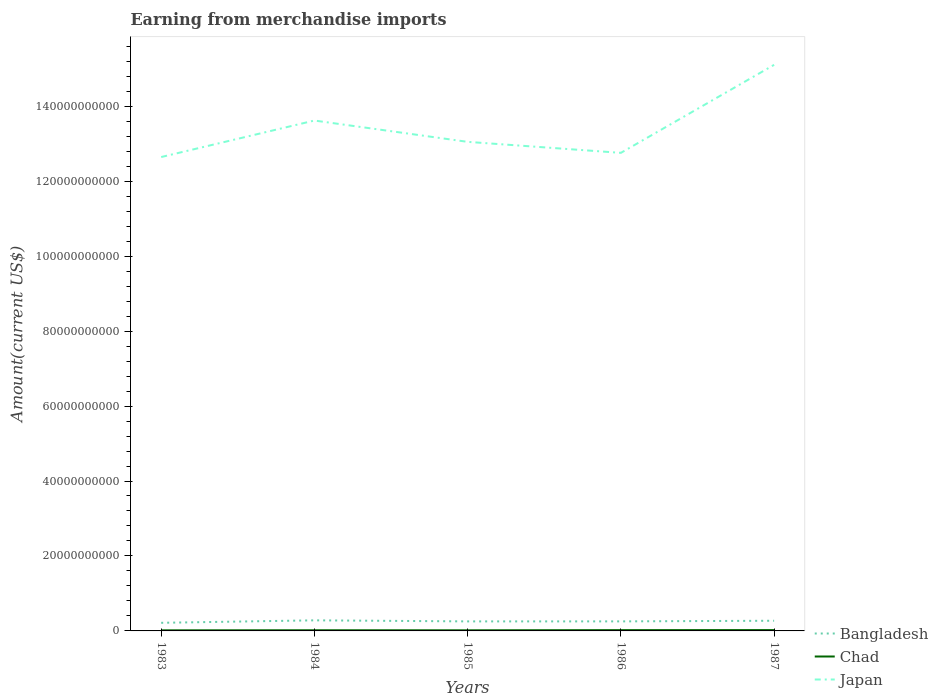
| Years | Bangladesh | Chad | Japan |
 | --- | --- | --- | --- |
 | 1983 | 2.16e+09 | 1.57e+08 | 1.26e+11 |
 | 1984 | 2.82e+09 | 1.81e+08 | 1.36e+11 |
 | 1985 | 2.54e+09 | 1.66e+08 | 1.3e+11 |
 | 1986 | 2.55e+09 | 2.12e+08 | 1.28e+11 |
 | 1987 | 2.72e+09 | 2.26e+08 | 1.51e+11 |